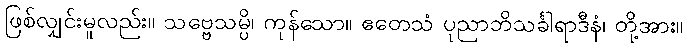
ဖြစ်လျှင်းမူလည်း။ သဗ္ဗေသမ္ပိ၊ ကုန်သော။ ဧတေသံ ပုညာဘိသင်္ခါရာဒီနံ၊ တို့အား။